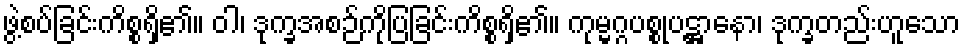
ဖွဲ့စပ်ခြင်းကိစ္စရှိ၏။ ဝါ၊ ဒုက္ခအစဉ်ကိုပြခြင်းကိစ္စရှိ၏။ ကုမ္မဂ္ဂပစ္စုပဋ္ဌာနော၊ ဒုက္ခတည်းဟူသော